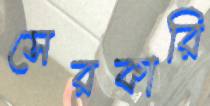
সেরকারি